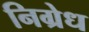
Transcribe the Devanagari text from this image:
निग्रेध